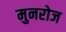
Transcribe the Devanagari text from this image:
मुनरोज